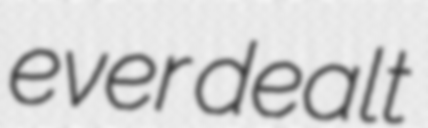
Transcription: ever dealt